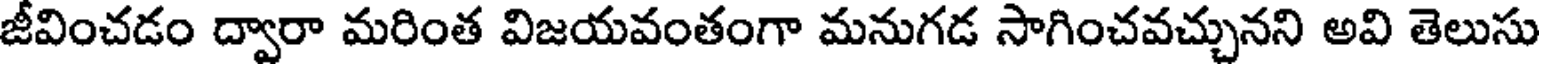
జీవించడం ద్వారా మరింత విజయవంతంగా మనుగడ సాగించవచ్చునని అవి తెలుసు